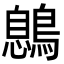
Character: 𪃼